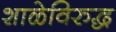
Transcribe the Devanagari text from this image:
शाळेविरुद्ध